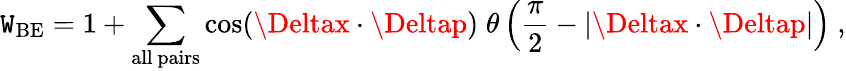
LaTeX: \mathtt{W}_{\mathrm{{BE}}}=1+\sum_{\mathrm{{all~pairs}}}\cos(\Deltax\cdot\Deltap)\; \theta\left(\frac{{\pi}}{{2}}-|\Deltax\cdot\Deltap|\right)~,